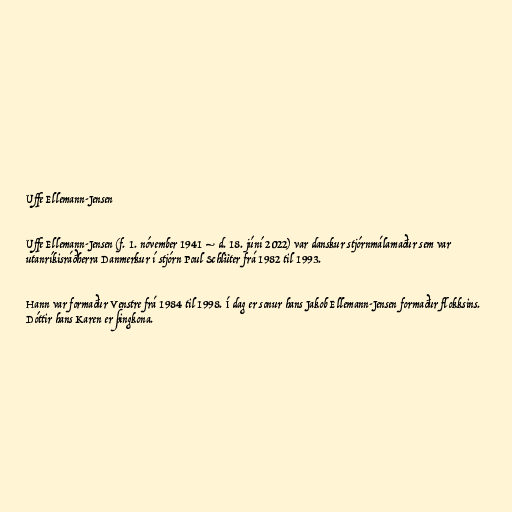
Uffe Ellemann-Jensen

Uffe Ellemann-Jensen (f. 1. nóvember 1941 – d. 18. júní 2022) var danskur stjórnmálamaður sem var
utanríkisráðherra Danmerkur í stjórn Poul Schlüter frá 1982 til 1993.

Hann var formaður Venstre frá 1984 til 1998. Í dag er sonur hans Jakob Ellemann-Jensen formaður flokksins.
Dóttir hans Karen er þingkona.